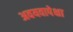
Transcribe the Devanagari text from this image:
अवयवापेक्षा